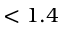
< 1 . 4